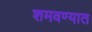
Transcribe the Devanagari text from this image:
शमवण्यात